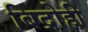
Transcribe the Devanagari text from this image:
बिद्रोही